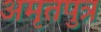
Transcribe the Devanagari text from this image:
अमृतपुत्र